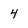
Character: 4